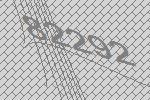
82292